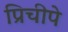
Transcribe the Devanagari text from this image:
प्रिचीपे